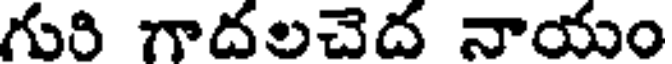
గురి గాదలచెద నాయం